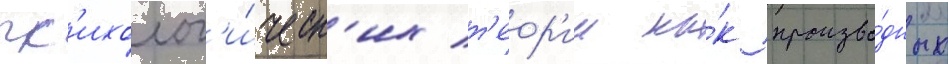
пс'ихолог'и́ческ'их т'еор'ии ка́к произво́дных